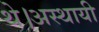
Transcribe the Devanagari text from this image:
थे।अस्थायी